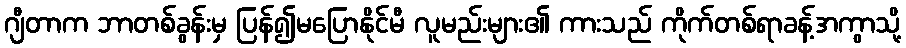
ဂျီတာက ဘာတစ်ခွန်းမှ ပြန်၍မပြောနိုင်မီ လူမည်းများ၏ ကားသည် ကိုက်တစ်ရာခန့်အကွာသို့